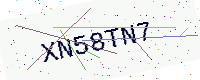
Text: XN58TN7